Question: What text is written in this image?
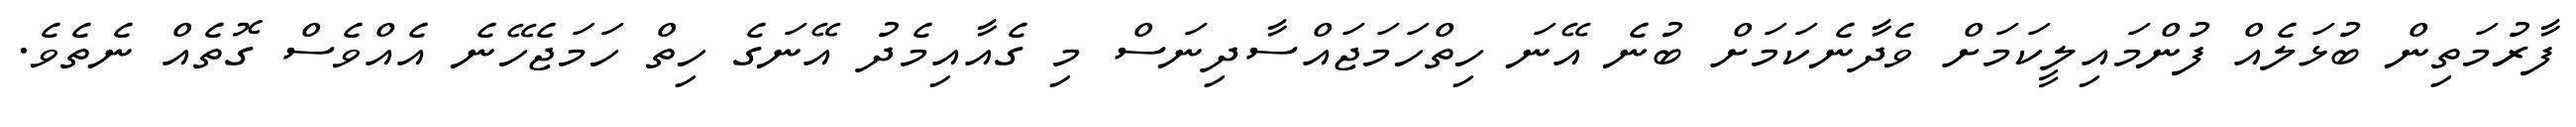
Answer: ފާރުމަތިން ބުޅަލެއް ފުންމައިލީކަމަށް ވެދާނެކަމަށް ބުނެ އޭނަ ހިތްހަމަޖައްސާދިނަސް މި ގެއާއިމެދު އޭނަގެ ހިތް ހަމަޖެހޭނެ އެއްވެސް ގޮތެއް ނެތެވެ.